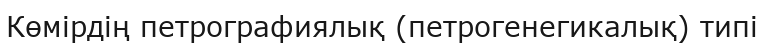
Көмірдің петрографиялық (петрогенегикалық) типі